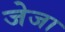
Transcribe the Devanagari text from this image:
जेजा